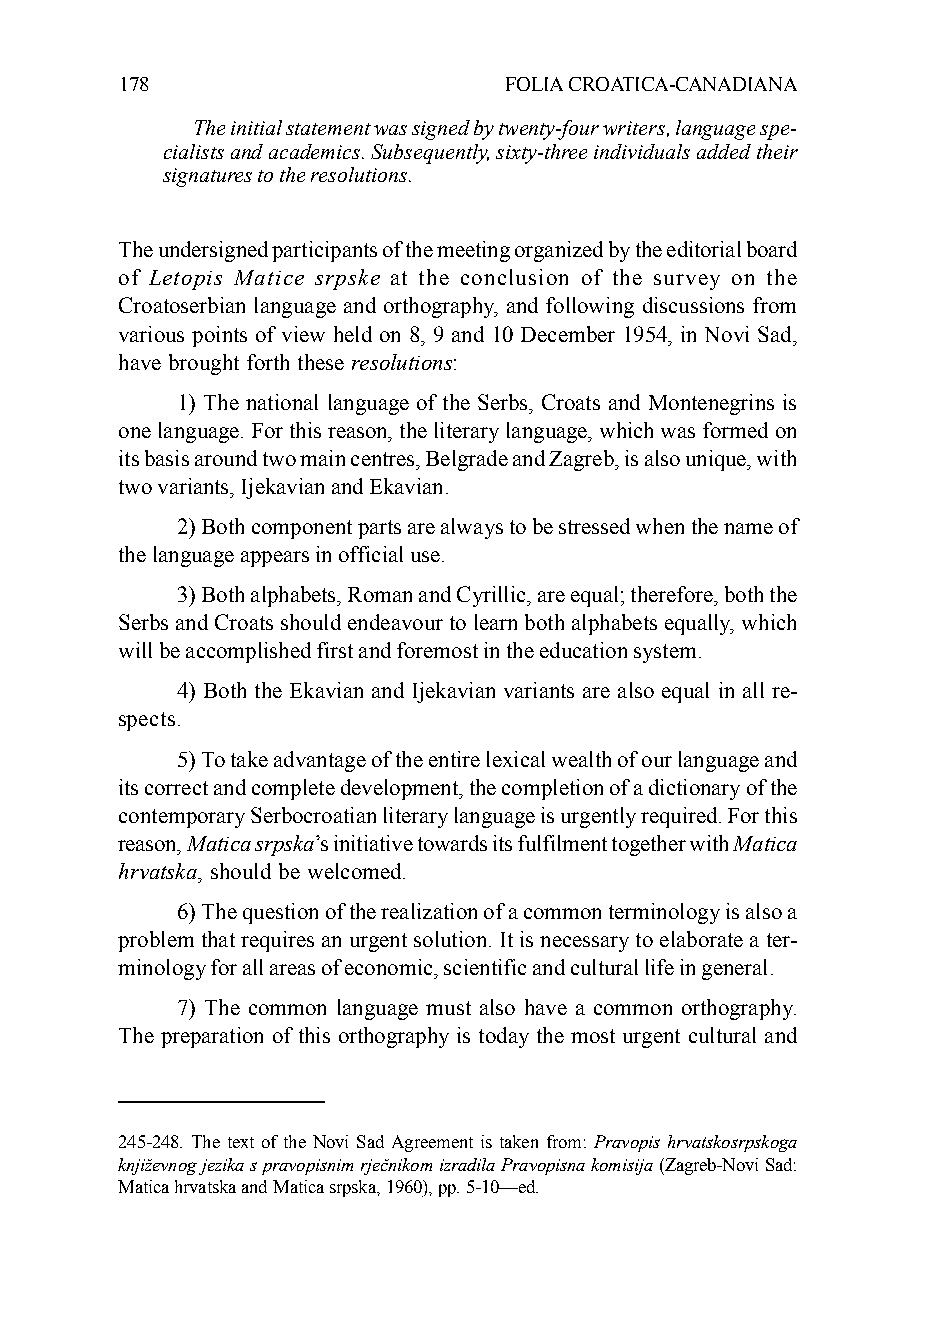
178                      FOLIA CROATICA-CANADIANA
 The initial statement was signed by twenty-four writers, language spe-
 cialists and academics. Subsequently, sixty-three individuals added their
 signatures to the resolutions.
 The undersigned participants of the meeting organized by the editorial board
 of Letopis Matice srpske at the conclusion of the survey on the
 Croatoserbian language and orthography, and following discussions from
 various points of view held on 8, 9 and 10 December 1954, in Novi Sad,
 have brought forth these resolutions:
 1) The national language of the Serbs, Croats and Montenegrins is
 one language. For this reason, the literary language, which was formed on
 its basis around two main centres, Belgrade and Zagreb, is also unique, with
 two variants, Ijekavian and Ekavian.
 2) Both component parts are always to be stressed when the name of
 the language appears in official use.
 3) Both alphabets, Roman and Cyrillic, are equal; therefore, both the
 Serbs and Croats should endeavour to learn both alphabets equally, which
 will be accomplished first and foremost in the education system.
 4) Both the Ekavian and Ijekavian variants are also equal in all re-
 spects.
 5) To take advantage of the entire lexical wealth of our language and
 its correct and complete development, the completion of a dictionary of the
 contemporary Serbocroatian literary language is urgently required. For this
 reason, Matica srpska’s initiative towards its fulfilment together with Matica
 hrvatska, should be welcomed.
 6) The question of the realization of a common terminology is also a
 problem that requires an urgent solution. It is necessary to elaborate a ter-
 minology for all areas of economic, scientific and cultural life in general.
 7) The common language must also have a common orthography.
 The preparation of this orthography is today the most urgent cultural and
 245-248. The text of the Novi Sad Agreement is taken from: Pravopis hrvatskosrpskoga
 književnog jezika s pravopisnim rječnikom izradila Pravopisna komisija (Zagreb-Novi Sad:
 Matica hrvatska and Matica srpska, 1960), pp. 5-10—ed.